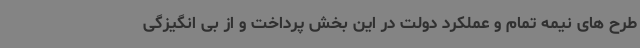
طرح های نیمه تمام و عملکرد دولت در این بخش پرداخت و از بی انگیزگی